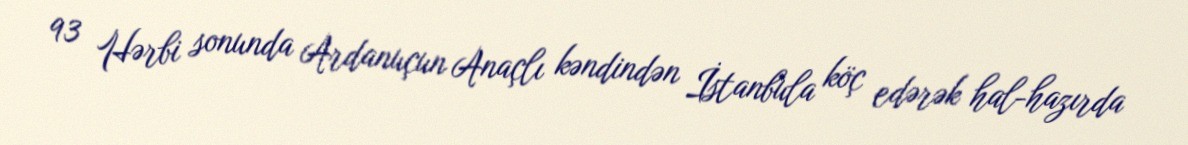
93 Hərbi sonunda Ardanuçun Anaçlı kəndindən İstanbula köç edərək hal-hazırda